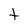
Character: t